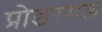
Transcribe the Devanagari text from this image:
प्रोडरमल